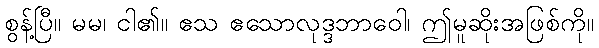
စွန့်ပြီ။ မမ၊ ငါ၏။ ဧသ ဧသောလုဒ္ဒဘာဝေါ၊ ဤမူဆိုးအဖြစ်ကို။